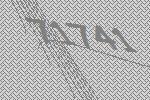
71741